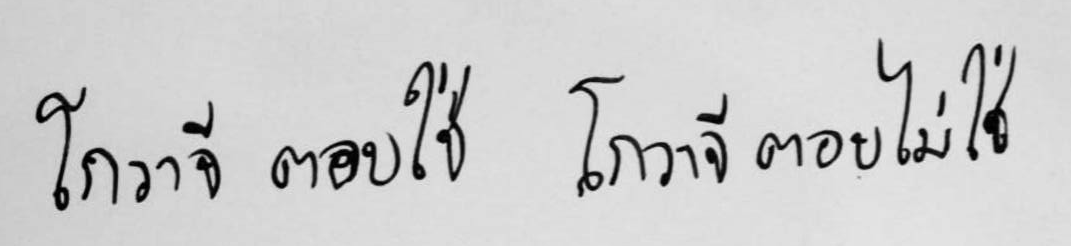
โกวาจี ตอบใช่ โกวาจี ตอบไม่ใช่